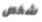
شخص